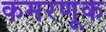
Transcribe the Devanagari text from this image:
कमरणूक